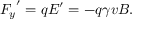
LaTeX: { F _ { y } } ^ { \prime } = q E ^ { \prime } = - q \gamma v B .